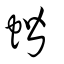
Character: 蝔